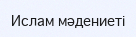
Ислам мәдениеті